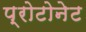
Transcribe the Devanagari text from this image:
प्रोटोनेट